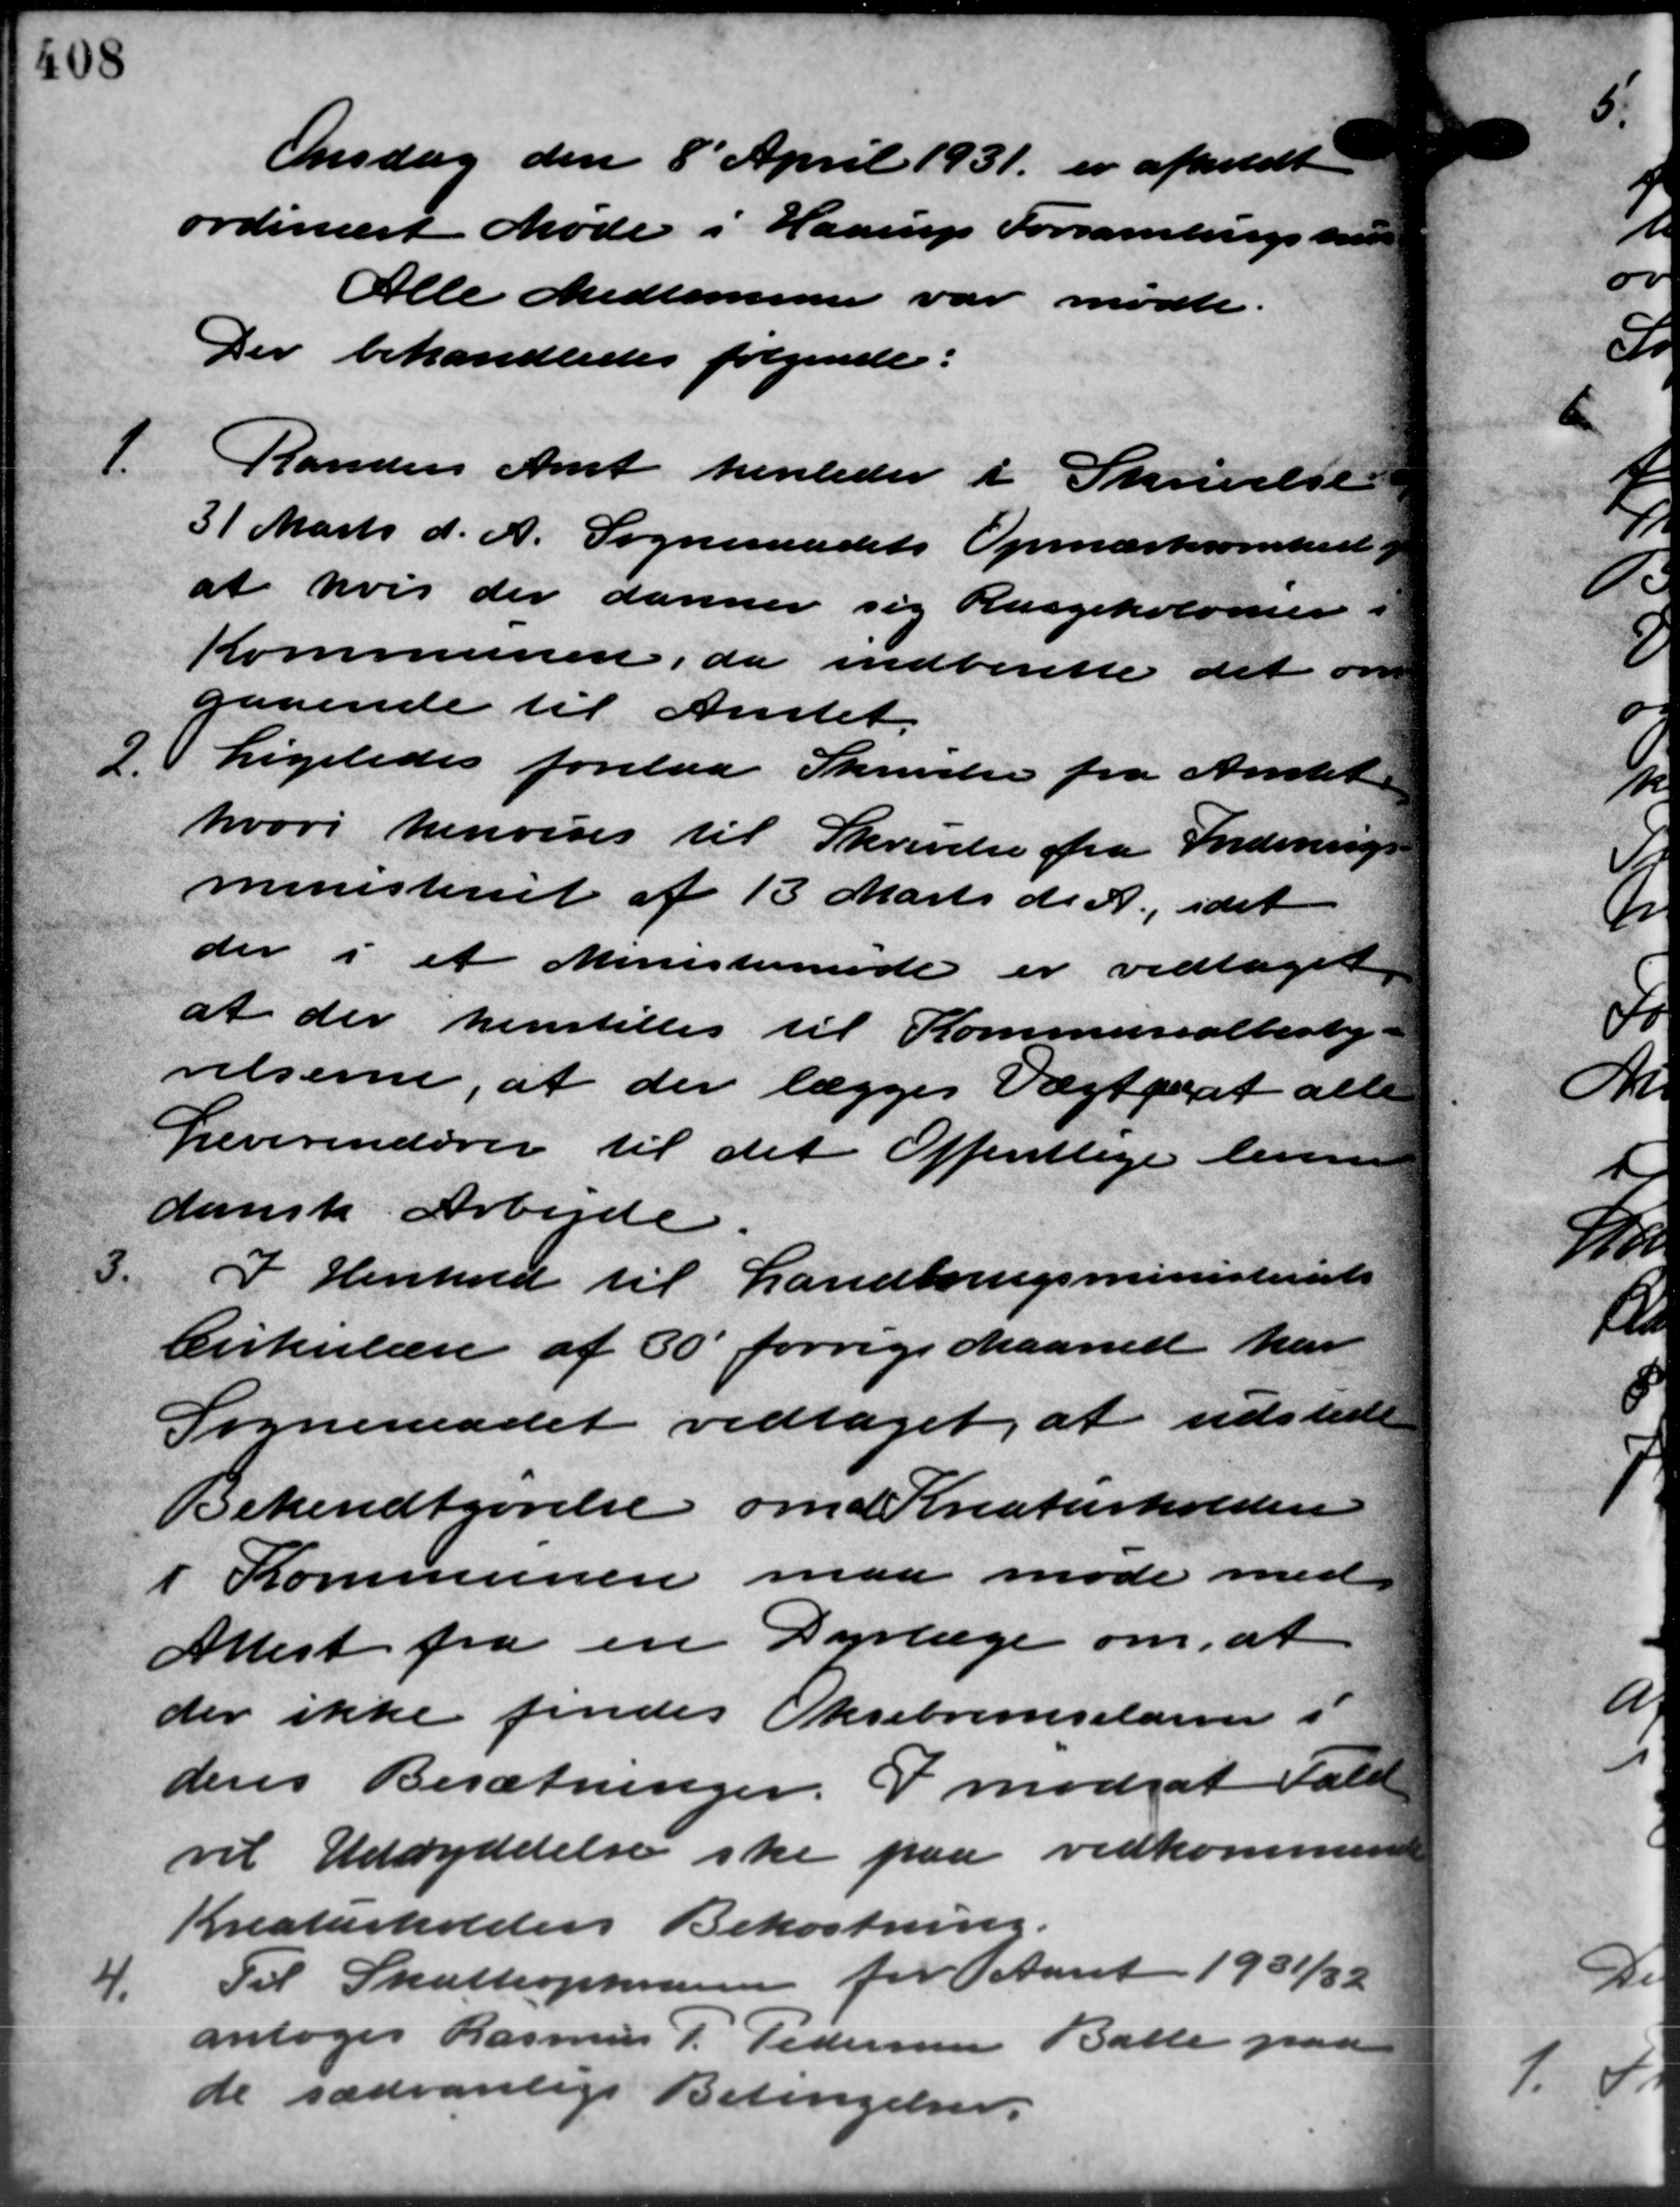
Transskription:
Onsdag den 8´April 1931 er afholdt
ordinært Møde i Haarup Forsamlingshus
Alle Medlemmer var mødte.
Der behandledes følgende:
1.
Randers Amt henleder i Skrivelse
31 Marts d. A. Sogneraadets Opmærksomhed
at hvis der danner sig Rugekolonier i
Kommunen, da indberette det om
gaaende til Amtet.
2. Ligeledes forelaa Skrivelse fra Amtet
2. Ligeledes forelaa Skrivelse fra Amtet
hvori henvises til Skrivelse fra Indenrigs
ministeriet af 13 Marts d. A., idet
der i et Ministerinde er vedtaget
at der henstilles til Kommunalbesty
relserne, at der lægges Vægte at alle
Leverinderer til det Offentlige leven
dansk Arbejde.
3.
I Henhold til Landbrugsministeriets
Cirkulære af 30 forrige Maaned har
Sogneraadet vedtaget, at udstil
Bekendtgørelse om Kreaturholden
i Kommunen maa møde med
Attest fra en Dyrlæge om, at
der ikke findes Oksebremselarver i
dens Besætninger. I modsat Fald
vil Udryddelse ske paa vedkommende
Kreaturholders Bekostning.
4.
Til Skatteopkrævere for Aaret 1931/32
antoges Rasmus P. Pedersen Balle paa
de sædvanlige Betingelser.